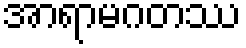
အာရာမဂတဿ